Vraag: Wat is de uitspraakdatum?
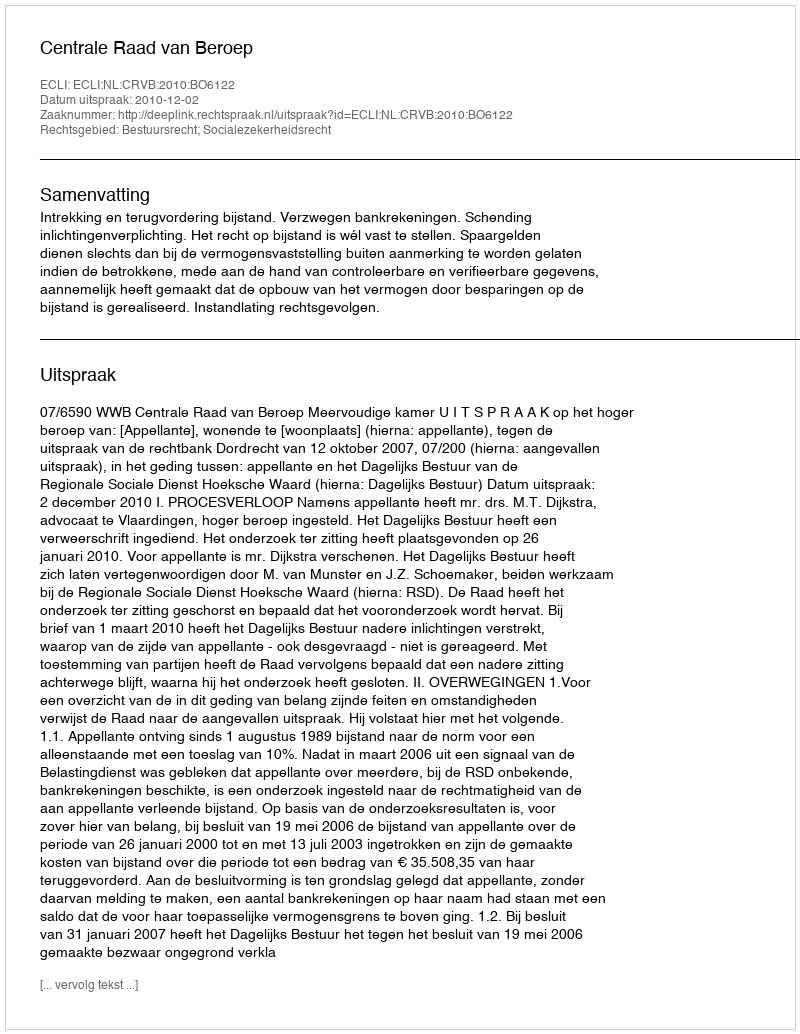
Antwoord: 2010-12-02